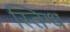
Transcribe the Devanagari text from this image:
स्तिग्ध